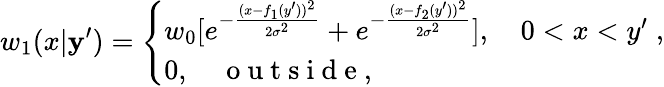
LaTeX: w_{1}(x|\mathbf{y}^{\prime})=\left\{ \begin{array}{l}{{w_{0}}[e^{-{\frac{(x-f_{1}(y^{\prime}))^{2}}{2\sigma^{2}}}}+e^{-{\frac{(x-f_{2}(y^{\prime}))^{2}}{2\sigma^{2}}}}],\quad 0<x<y^{\prime}\; ,}\\ {0,\quad\mathrm{~o~u~t~s~i~d~e~,~}}\end{array}\right.